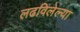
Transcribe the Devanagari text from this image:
लढविलेल्या